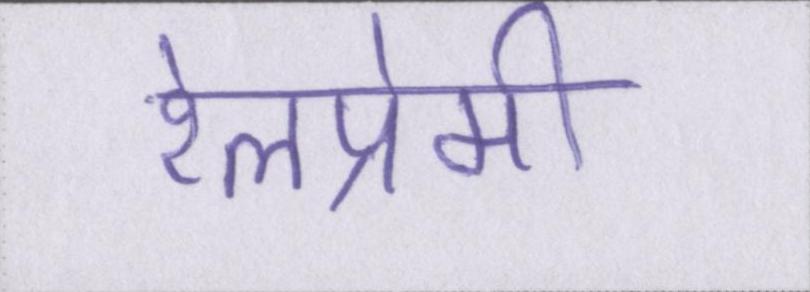
रेलप्रेमी